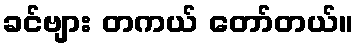
ခင်ဗျား တကယ် တော်တယ်။